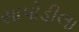
સાપોડીલા